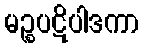
မဉ္စပဋိပါဒကာ